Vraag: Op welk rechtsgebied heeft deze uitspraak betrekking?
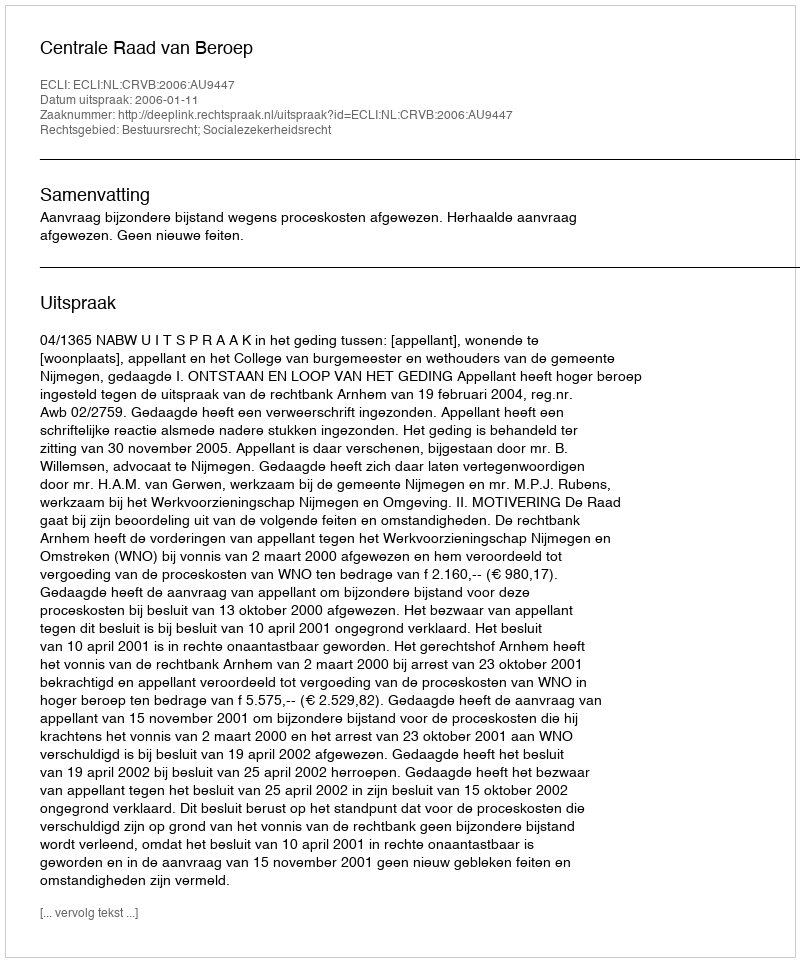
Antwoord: Bestuursrecht; Socialezekerheidsrecht